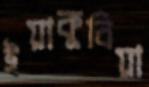
ইয়াকুবিয়া